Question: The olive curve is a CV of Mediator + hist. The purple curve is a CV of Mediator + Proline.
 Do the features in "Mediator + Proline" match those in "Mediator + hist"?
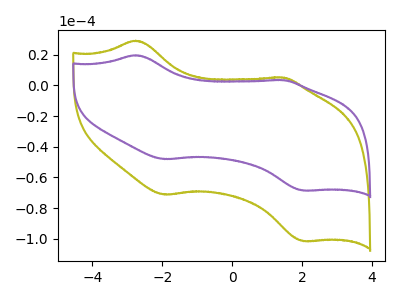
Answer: <think>The olive curve "Mediator + hist" has anodic peaks at (-2.75V, 29.25uA) (1.40V, 5.20uA) and cathodic peaks at (-1.95V, -71.30uA) (2.05V, -101.65uA). The purple curve "Mediator + Proline" has anodic peaks at (-2.75V, 19.75uA) (1.40V, 3.50uA) and cathodic peaks at (-1.95V, -48.10uA) (2.05V, -68.60uA).
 All the peaks in "Mediator + Proline" have a peak in "Mediator + hist" at the same potential. Every peak in "Mediator + Proline" is lower than every peak in "Mediator + hist".</think>
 <answer>"Mediator + Proline" and "Mediator + hist" are similar in shape.</answer>
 <eval>same_shape</eval>